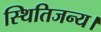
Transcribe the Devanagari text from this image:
स्थितिजन्य।